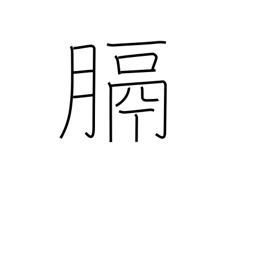
Meaning: diaphragm